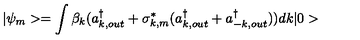
| \psi _ { m } > = \int \beta _ { k } ( a _ { k , o u t } ^ { \dagger } + \sigma _ { k , m } ^ { * } ( a _ { k , o u t } ^ { \dagger } + a _ { - k , o u t } ^ { \dagger } ) ) d k | 0 >